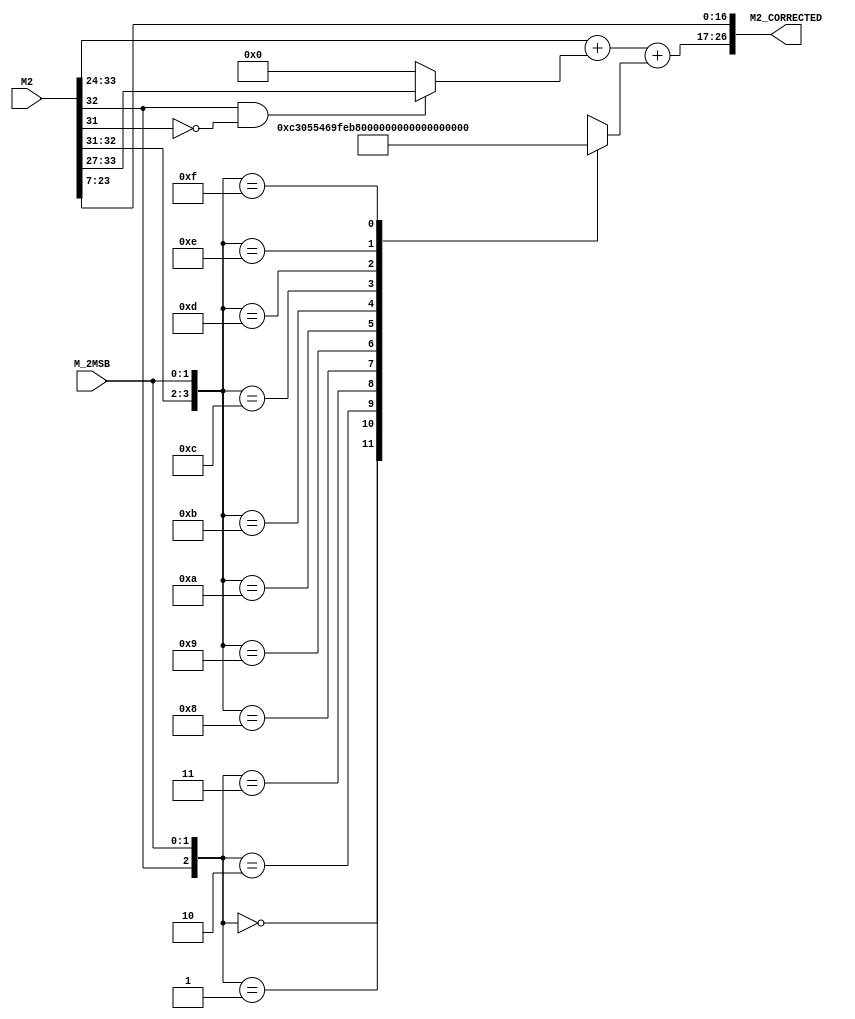
`timescale 1ns / 1ns

module m_errorcorrection(M_2MSB, M2, M2_CORRECTED);

// Parameters Declaration
parameter wl_m = 31;  				// Wordlength of the Mitchell Fraction m
parameter wl_m2 = wl_m + 3;   	// Wordlength of the mapped Mitchell Fraction m2
parameter wl_m2_corrected = 27;	// Wordlength of the corrected m2

// Input Ports
input [1 : 0] M_2MSB;
input [wl_m2-1 : 0] M2;

// Output Ports
output [wl_m2_corrected-1 : 0] M2_CORRECTED;

// Registers Declaration
reg [9 : 0] in2_adder2;

// Wires Declaration
wire [9 : 0] in1_adder1;
wire [9 : 0] in2_adder1;
wire [9 : 0] sum1;
wire [9 : 0] in1_adder2;
wire [9 : 0] sum2;

// Behavioral Modelling
// -- 1st Adder
assign in1_adder1 = M2[wl_m2-1:wl_m2-10];
assign in2_adder1 = ~(M2[wl_m2-2] && ~M2[wl_m2-3]) ? 10'b0 : {3'b0, M2[wl_m2-1:wl_m2-7]};
assign sum1 = in1_adder1 + in2_adder1;

// -- 2nd Adder
assign in1_adder2 = sum1;

always @ (M2[wl_m2-2], M2[wl_m2-3], M_2MSB)
begin
	casex ({M2[wl_m2-2 : wl_m2-3], M_2MSB})
	4'b0x00: in2_adder2 <= 10'b1100001100;
	4'b0x01: in2_adder2 <= 10'b0001010101;
	4'b0x10: in2_adder2 <= 10'b0100011010;
	4'b0x11: in2_adder2 <= 10'b0111111110;
	4'b1000: in2_adder2 <= 10'b1011100000;
	4'b1001: in2_adder2 <= 10'b0000101010;
	4'b1010: in2_adder2 <= 10'b0011101111;
	4'b1011: in2_adder2 <= 10'b0111010011;
	4'b1100: in2_adder2 <= 10'b1100001101;
	4'b1101: in2_adder2 <= 10'b0001010111;
	4'b1110: in2_adder2 <= 10'b0100011100;
	4'b1111: in2_adder2 <= 10'b1000000000;
	default: in2_adder2 <= 10'b0;
	endcase	
end

assign sum2 = in1_adder2 + in2_adder2;
assign M2_CORRECTED = {sum2, M2[wl_m2-11:wl_m2-27]};

endmodule